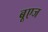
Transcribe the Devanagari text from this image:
बूएज